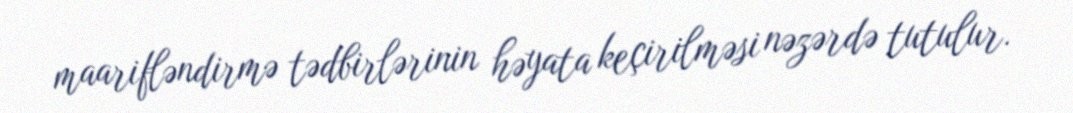
maarifləndirmə tədbirlərinin həyata keçirilməsi nəzərdə tutulur.